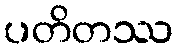
ပတိတဿ